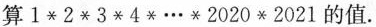
算$$1\ast 2\ast 3\ast 4\ast \cdots \ast 2020\ast 2021$$的值.